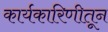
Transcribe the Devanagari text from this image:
कार्यकारिणीतून